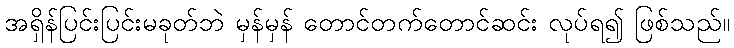
အရှိန်ပြင်းပြင်းမခုတ်ဘဲ မှန်မှန် တောင်တက်တောင်ဆင်း လုပ်ရ၍ ဖြစ်သည်။